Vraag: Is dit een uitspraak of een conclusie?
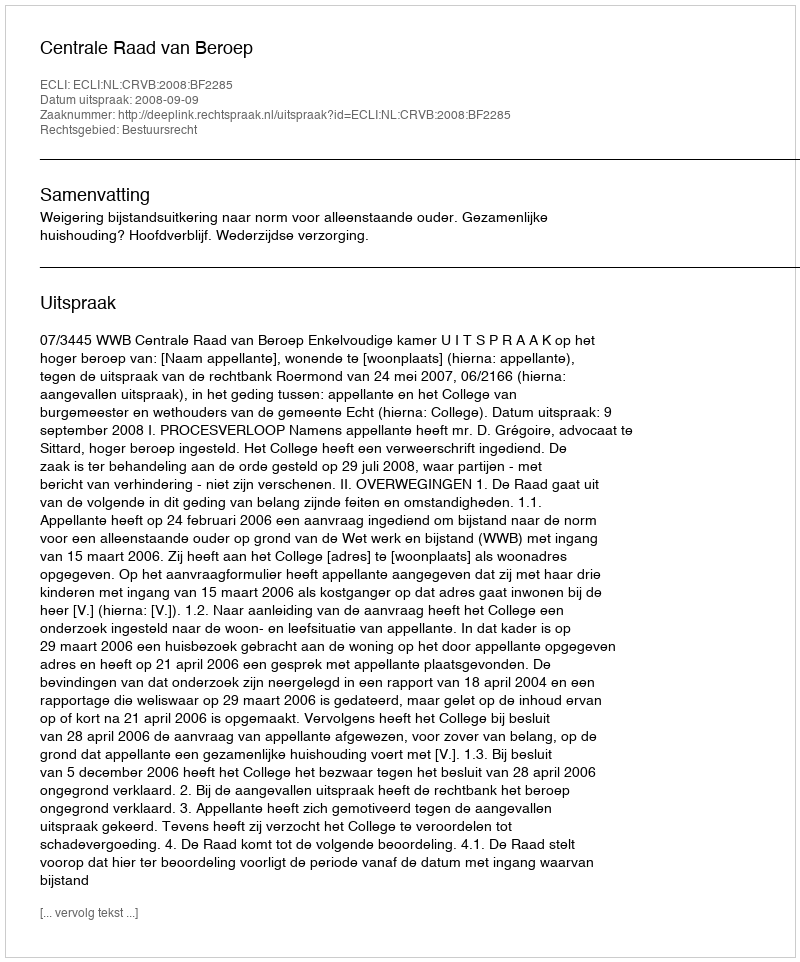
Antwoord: Uitspraak